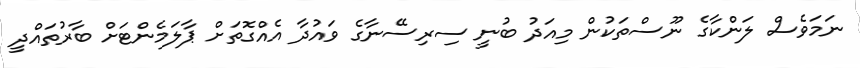
ނަމަވެސް ލަންކާގެ ނޫސްތަކުން މިއަދު ބުނީ ސިރިސޭނާގެ ވައުދާ އެއްގޮތަށް ޕާލަމެންޓަށް ބާރުތައްދީ